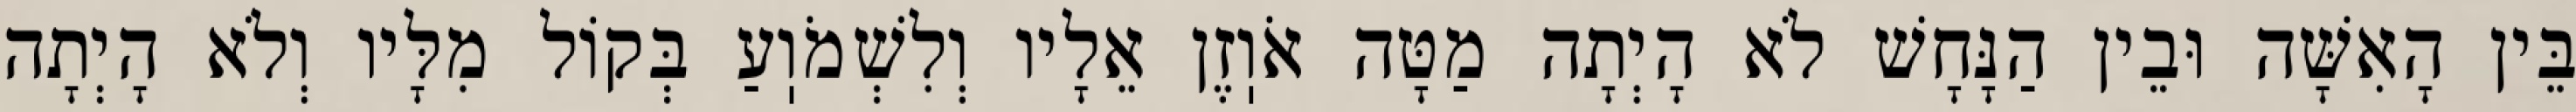
בֵּין הָאִשָּׁה וּבֵין הַנָּחָשׁ לֹא הָיְתָה מַטָּה אֹוֽזֶן אֵלָיו וְלִשְׁמֹוֽעַ בְּקוֹל מִלָּיו וְלֹא הָיְתָה